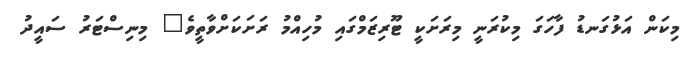
މިކަން އަޅުގަނޑު ފާހަގަ މިކުރަނީ މިރަށަކީ ޓޫރިޒަމްގައި މުހިއްމު ރަށަކަށްވާތީވެ" މިނިސްޓަރު ސައީދު